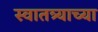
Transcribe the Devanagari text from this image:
स्वातत्र्याच्या